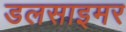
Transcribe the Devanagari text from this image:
डलसाइमर